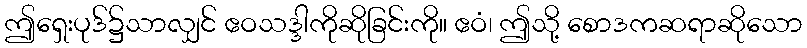
ဤရှေးပုဒ်၌သာလျှင် ဧဝသဒ္ဒါကိုဆိုခြင်းကို။ ဧဝံ၊ ဤသို့ စောဒကဆရာဆိုသော